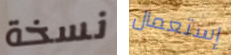
نسخة إستعمال